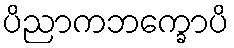
ပိညာကဘက္ခောပိ